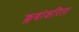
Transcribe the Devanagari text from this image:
क्लबांकरिता